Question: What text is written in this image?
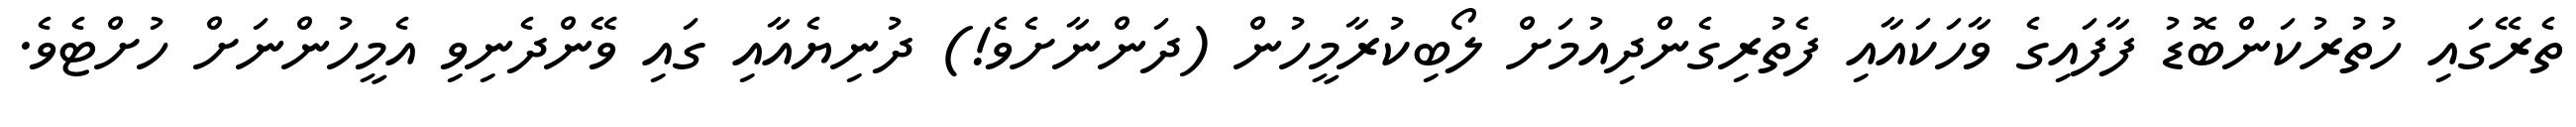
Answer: ތެރޭގައި ހުތުރުކަންބޮޑު ފާފައިގެ ވާހަކައާއި ފެތުރިގެންދިއުމަށް ލޯބިކުރާމީހުން (ދަންނާށެވެ!) ދުނިޔެއާއި ގައި ވޭންދެނިވި އެމީހުންނަށް ހުށްޓެވެ.